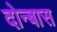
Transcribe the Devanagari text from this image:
दोन्बास